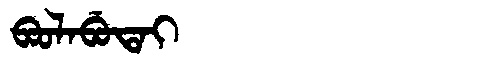
Manchu: ᠪᠣᠣᠯᠠᠪᡠᡨᠠᡳ
Romanization: BOOLABUTAI